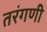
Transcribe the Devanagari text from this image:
तरंगणी